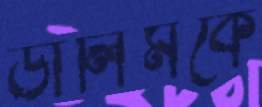
ডালিমকে